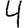
Digit: 4